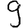
Digit: 9